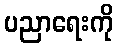
ပညာရေးကို